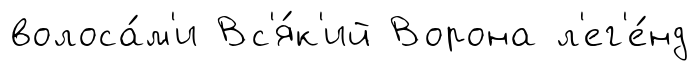
волоса́м'и Вс'я́к'ий Ворона л'ег'е́нд